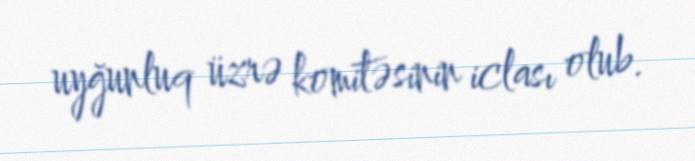
uyğunluq üzrə komitəsinin iclası olub.